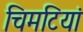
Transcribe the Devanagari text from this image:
चिमटियां